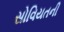
સોવિયતની